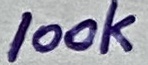
Text: 100k